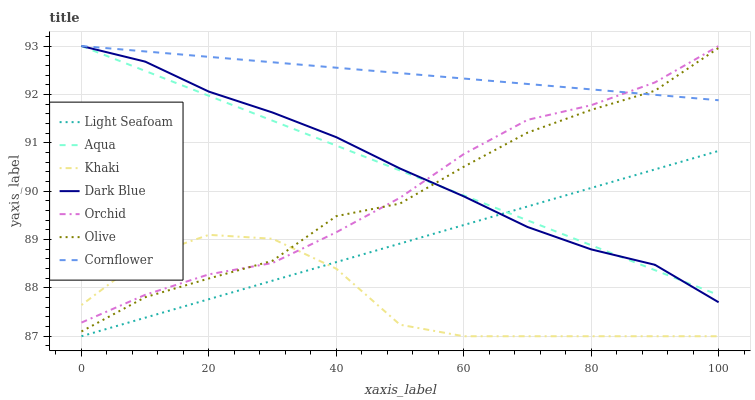
| xaxis_label | Light Seafoam | Aqua | Khaki | Dark Blue | Orchid | Olive | Cornflower |
 | --- | --- | --- | --- | --- | --- | --- | --- |
 | 0 | 87 | 93 | 87.6 | 93 | 87.3 | 87.1 | 93 |
 | 10 | 87.4 | 92.5 | 88.6 | 92.7 | 87.9 | 87.8 | 92.9 |
 | 20 | 87.8 | 92 | 89.1 | 92.1 | 88.3 | 88.2 | 92.8 |
 | 30 | 88.1 | 91.5 | 89 | 91.6 | 88.5 | 88.6 | 92.7 |
 | 40 | 88.5 | 90.9 | 88.4 | 91.1 | 89.2 | 89.5 | 92.6 |
 | 50 | 88.9 | 90.4 | 87.2 | 90.5 | 89.9 | 89.7 | 92.4 |
 | 60 | 89.3 | 89.9 | 87 | 89.9 | 90.8 | 90.5 | 92.3 |
 | 70 | 89.7 | 89.4 | 87 | 89.3 | 91.5 | 91.2 | 92.2 |
 | 80 | 90.1 | 88.9 | 87 | 88.8 | 91.8 | 91.7 | 92.1 |
 | 90 | 90.4 | 88.4 | 87 | 88.5 | 92.2 | 92.1 | 92 |
 | 100 | 90.8 | 87.9 | 87 | 87.7 | 93 | 93 | 91.9 |